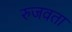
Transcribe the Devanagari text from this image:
रुजवता